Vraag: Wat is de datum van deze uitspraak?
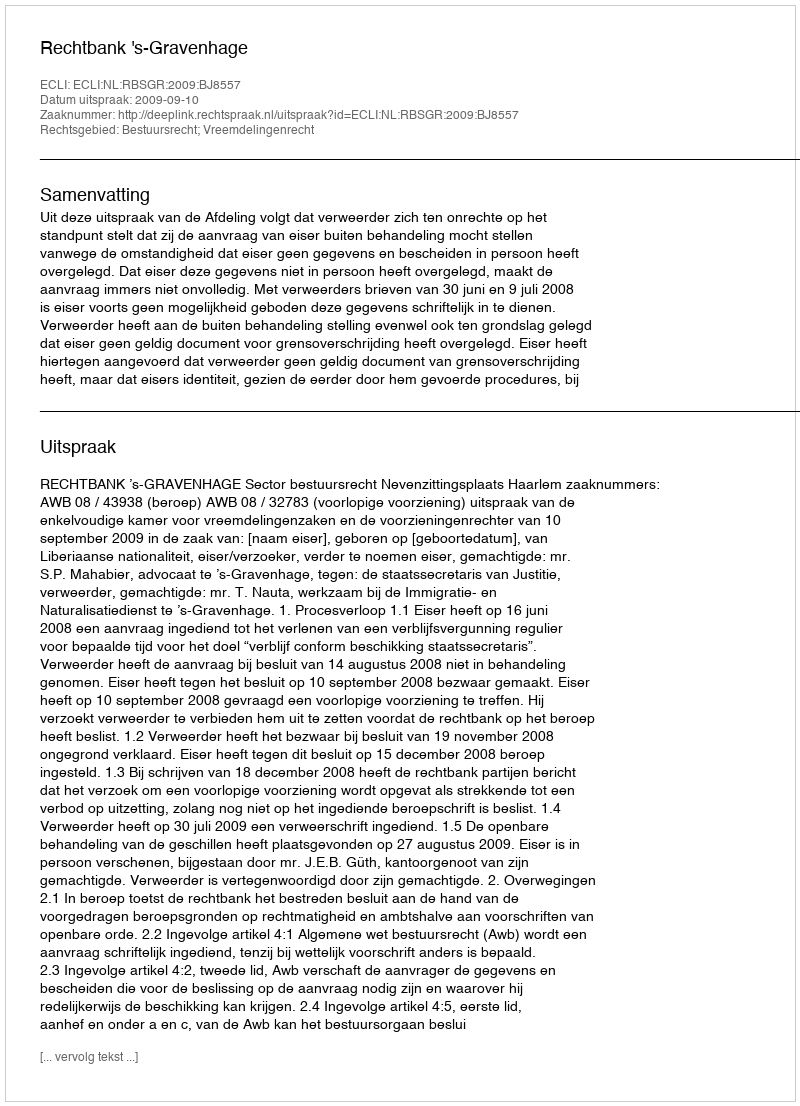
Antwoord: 2009-09-10